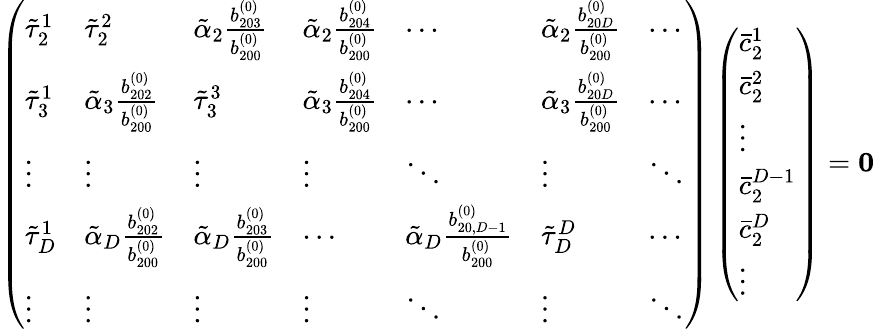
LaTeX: \left(\begin{array}{lllllll}{\tilde{\tau}_{2}^{1}}&{\tilde{\tau}_{2}^{2}}&{\tilde{\alpha}_{2}\frac{b_{203}^{(0)}}{b_{200}^{(0)}}}&{\tilde{\alpha}_{2}\frac{b_{204}^{(0)}}{b_{200}^{(0)}}}&{\cdots}&{\tilde{\alpha}_{2}\frac{b_{20D}^{(0)}}{b_{200}^{(0)}}}&{\cdots}\\ {\tilde{\tau}_{3}^{1}}&{\tilde{\alpha}_{3}\frac{b_{202}^{(0)}}{b_{200}^{(0)}}}&{\tilde{\tau}_{3}^{3}}&{\tilde{\alpha}_{3}\frac{b_{204}^{(0)}}{b_{200}^{(0)}}}&{\cdots}&{\tilde{\alpha}_{3}\frac{b_{20D}^{(0)}}{b_{200}^{(0)}}}&{\cdots}\\ {\vdots}&{\vdots}&{\vdots}&{\vdots}&{\ddots}&{\vdots}&{\ddots}\\ {\tilde{\tau}_{D}^{1}}&{\tilde{\alpha}_{D}\frac{b_{202}^{(0)}}{b_{200}^{(0)}}}&{\tilde{\alpha}_{D}\frac{b_{203}^{(0)}}{b_{200}^{(0)}}}&{\cdots}&{\tilde{\alpha}_{D}\frac{b_{20,D-1}^{(0)}}{b_{200}^{(0)}}}&{\tilde{\tau}_{D}^{D}}&{\cdots}\\ {\vdots}&{\vdots}&{\vdots}&{\vdots}&{\ddots}&{\vdots}&{\ddots}\end{array}\right)\left(\begin{array}{l}{\bar{c}_{2}^{1}}\\ {\bar{c}_{2}^{2}}\\ {\vdots}\\ {\bar{c}_{2}^{D-1}}\\ {\bar{c}_{2}^{D}}\\ {\vdots}\end{array}\right)=\boldsymbol{0}